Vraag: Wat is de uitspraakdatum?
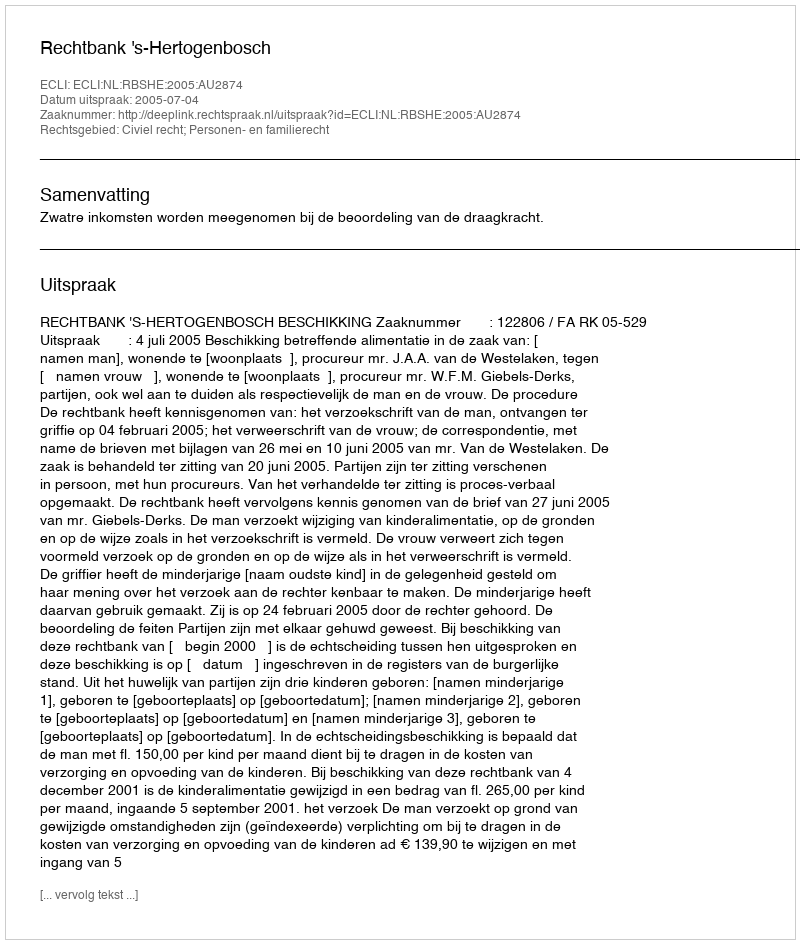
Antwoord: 2005-07-04